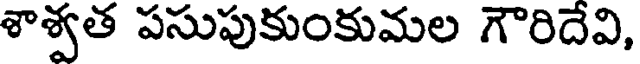
శాశ్వత పసుపుకుంకుమల గౌరిదేవి,